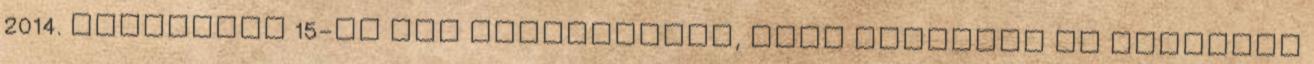
2014. augusztus 15-én azt nyilatkozta, hogy szerinte az érintett